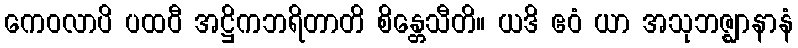
ကေဝလာပိ ပထဝီ အဋ္ဌိကဘရိတာတိ စိန္တေသီတိ။ ယဒိ ဧဝံ ယာ အသုဘဇ္ဈာနာနံ